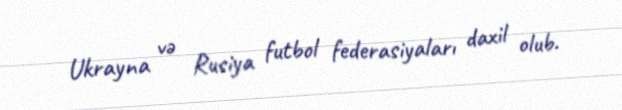
Ukrayna və Rusiya futbol federasiyaları daxil olub.